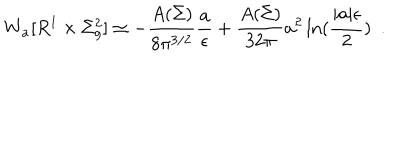
W _ { \bf a } [ R ^ { 1 } \times \Sigma _ { g } ^ { 2 } ] \simeq - { \frac { A ( \Sigma ) } { 8 \pi ^ { 3 / 2 } } } { \frac { \bf a } { \epsilon } } + { \frac { A ( \Sigma ) } { 3 2 \pi } } { \bf a } ^ { 2 } \ln ( { \frac { | { \bf a } | \epsilon } { 2 } } ) ~ ~ .